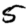
Digit: 5